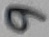
Text: 9